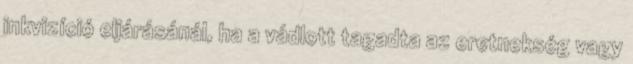
inkvizíció eljárásánál, ha a vádlott tagadta az eretnekség vagy